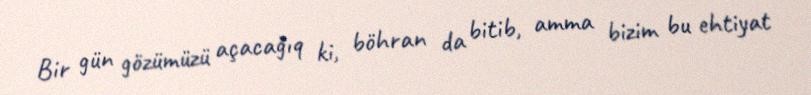
Bir gün gözümüzü açacağıq ki, böhran da bitib, amma bizim bu ehtiyat